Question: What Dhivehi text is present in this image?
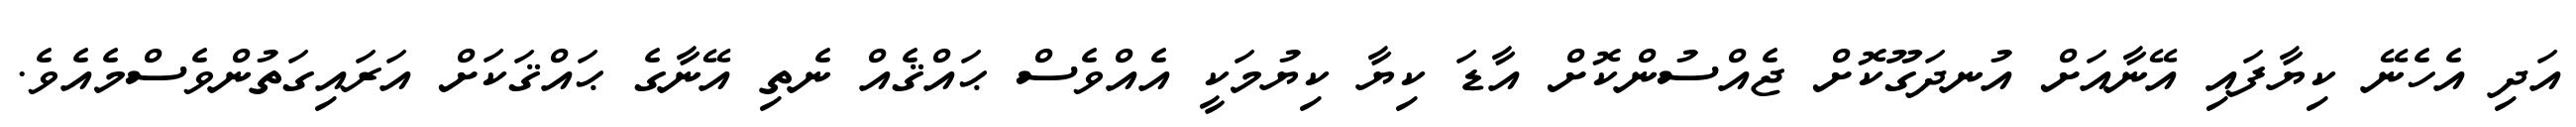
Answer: އަދި އެހެނޭ ކިޔާފައި އޭނާއަށް އުނދަގޫކޮށް ޖެއްސުންކޮށް އާޑަ ކިޔާ ކިޔުމަކީ އެއްވެސް ޙައްޤެއް ނެތި އޭނާގެ ޙައްޤަކަށް އަރައިގަތުންވެސްމެއެވެ.